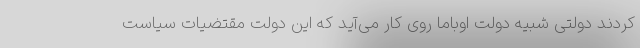
کردند دولتی شبیه دولت اوباما روی کار می‌آید که این دولت مقتضیات سیاست